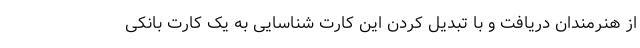
از هنرمندان دریافت و با تبدیل کردن این کارت شناسایی به یک کارت بانکی